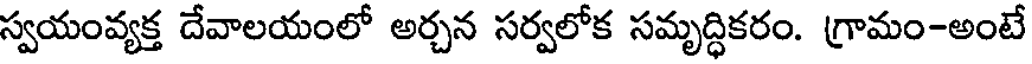
స్వయంవ్యక్త దేవాలయంలో అర్చన సర్వలోక సమృద్ధికరం. గ్రామం-అంటే